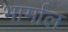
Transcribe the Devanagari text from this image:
भार्माल